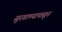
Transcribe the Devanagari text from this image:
सुरगाण्यापासून